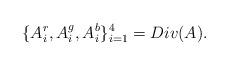
LaTeX: \begin{align*}\{A^r_{i},A^g_{i},A^b_{i}\}_{i=1}^{4}=Div(A).\end{align*}